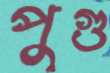
পুগু